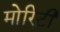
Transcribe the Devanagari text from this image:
मोरिटी